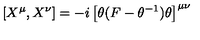
[ X ^ { \mu } , X ^ { \nu } ] = - i \left[ \theta ( F - \theta ^ { - 1 } ) \theta \right] ^ { \mu \nu }